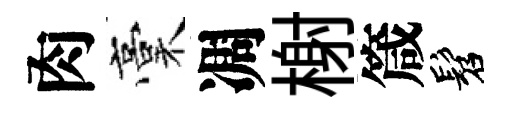
肉稾凋榭箴髫